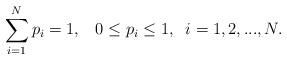
LaTeX: \begin{align*} \displaystyle{\sum_{i=1}^N p_i = 1}, \;\;\; 0 \leq p_i \leq 1 ,\;\; i=1,2,...,N. \end{align*}